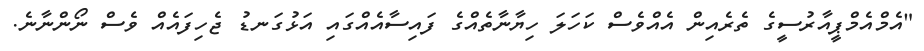
"އެމްއެމްޕީއާރުސީގެ ތެރެއިން އެއްވެސް ކަހަލަ ހިޔާނާތެއްގެ ފައިސާއެއްގައި އަޅުގަނޑު ޖެހިފައެއް ވެސް ނޯންނާނެ.